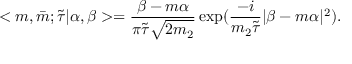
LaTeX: < m , \bar { m } ; \tilde { \tau } | \alpha , \beta > = \frac { \beta - m \alpha } { \pi \tilde { \tau } \sqrt { 2 m _ { 2 } } } \exp ( \frac { - i } { m _ { 2 } \tilde { \tau } } | \beta - m \alpha | ^ { 2 } ) .